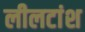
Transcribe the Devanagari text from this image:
लीलटांश